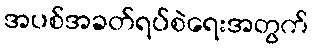
အပစ်အခတ်ရပ်စဲရေးအတွက်